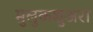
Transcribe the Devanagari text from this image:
मुलुकशुअरा